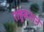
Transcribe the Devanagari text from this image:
राष्ट्रसंताने